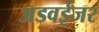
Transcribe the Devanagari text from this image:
अडवईजर